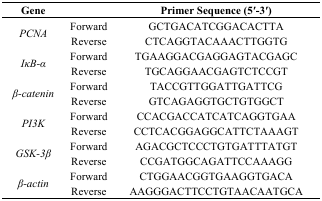
<table><thead><tr><td><b>Gene</b></td><td></td><td><b>Primer Sequence (5′-3′)</b></td></tr></thead><tbody><tr><td rowspan="2"><i>PCNA</i></td><td>Forward</td><td>GCTGACATCGGACACTTA</td></tr><tr><td>Reverse</td><td>CTCAGGTACAAACTTGGTG</td></tr><tr><td rowspan="2"><i>IκB-α</i></td><td>Forward</td><td>TGAAGGACGAGGAGTACGAGC</td></tr><tr><td>Reverse</td><td>TGCAGGAACGAGTCTCCGT</td></tr><tr><td rowspan="2"><i>β-catenin</i></td><td>Forward</td><td>TACCGTTGGATTGATTCG</td></tr><tr><td>Reverse</td><td>GTCAGAGGTGCTGTGGCT</td></tr><tr><td rowspan="2"><i>PI3K</i></td><td>Forward</td><td>CCACGACCATCATCAGGTGAA</td></tr><tr><td>Reverse</td><td>CCTCACGGAGGCATTCTAAAGT</td></tr><tr><td rowspan="2"><i>GSK-3β</i></td><td>Forward</td><td>AGACGCTCCCTGTGATTTATGT</td></tr><tr><td>Reverse</td><td>CCGATGGCAGATTCCAAAGG</td></tr><tr><td rowspan="2"><i>β-actin</i></td><td>Forward</td><td>CTGGAACGGTGAAGGTGACA</td></tr><tr><td>Reverse</td><td>AAGGGACTTCCTGTAACAATGCA</td></tr></tbody></table>